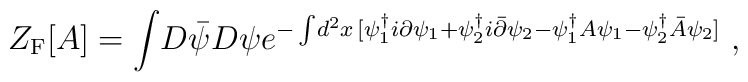
Z_{\rm F}[A ] = \int \!  D {\bar \psi}D \psi e^{-\int \! d^2 x\,[ \psi_{1}^{\dagger} i \partial \psi_{1} +\psi_{2}^{\dagger} i {\bar \partial} \psi_{2} -\psi_{1}^{\dagger} A\psi_{1} - \psi_{2}^{\dagger} {\bar A} \psi_{2} ] } \; ,